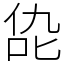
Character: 㖌